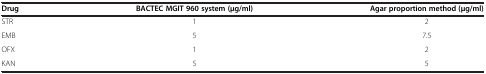
<table><thead><tr><td><b>Drug</b></td><td><b>BACTEC MGIT 960 system (μg/ml)</b></td><td><b>Agar proportion method (μg/ml)</b></td></tr></thead><tbody><tr><td>STR</td><td>1</td><td>2</td></tr><tr><td>EMB</td><td>5</td><td>7.5</td></tr><tr><td>OFX</td><td>1</td><td>2</td></tr><tr><td>KAN</td><td>5</td><td>5</td></tr></tbody></table>